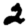
Digit: 2